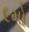
૯મો